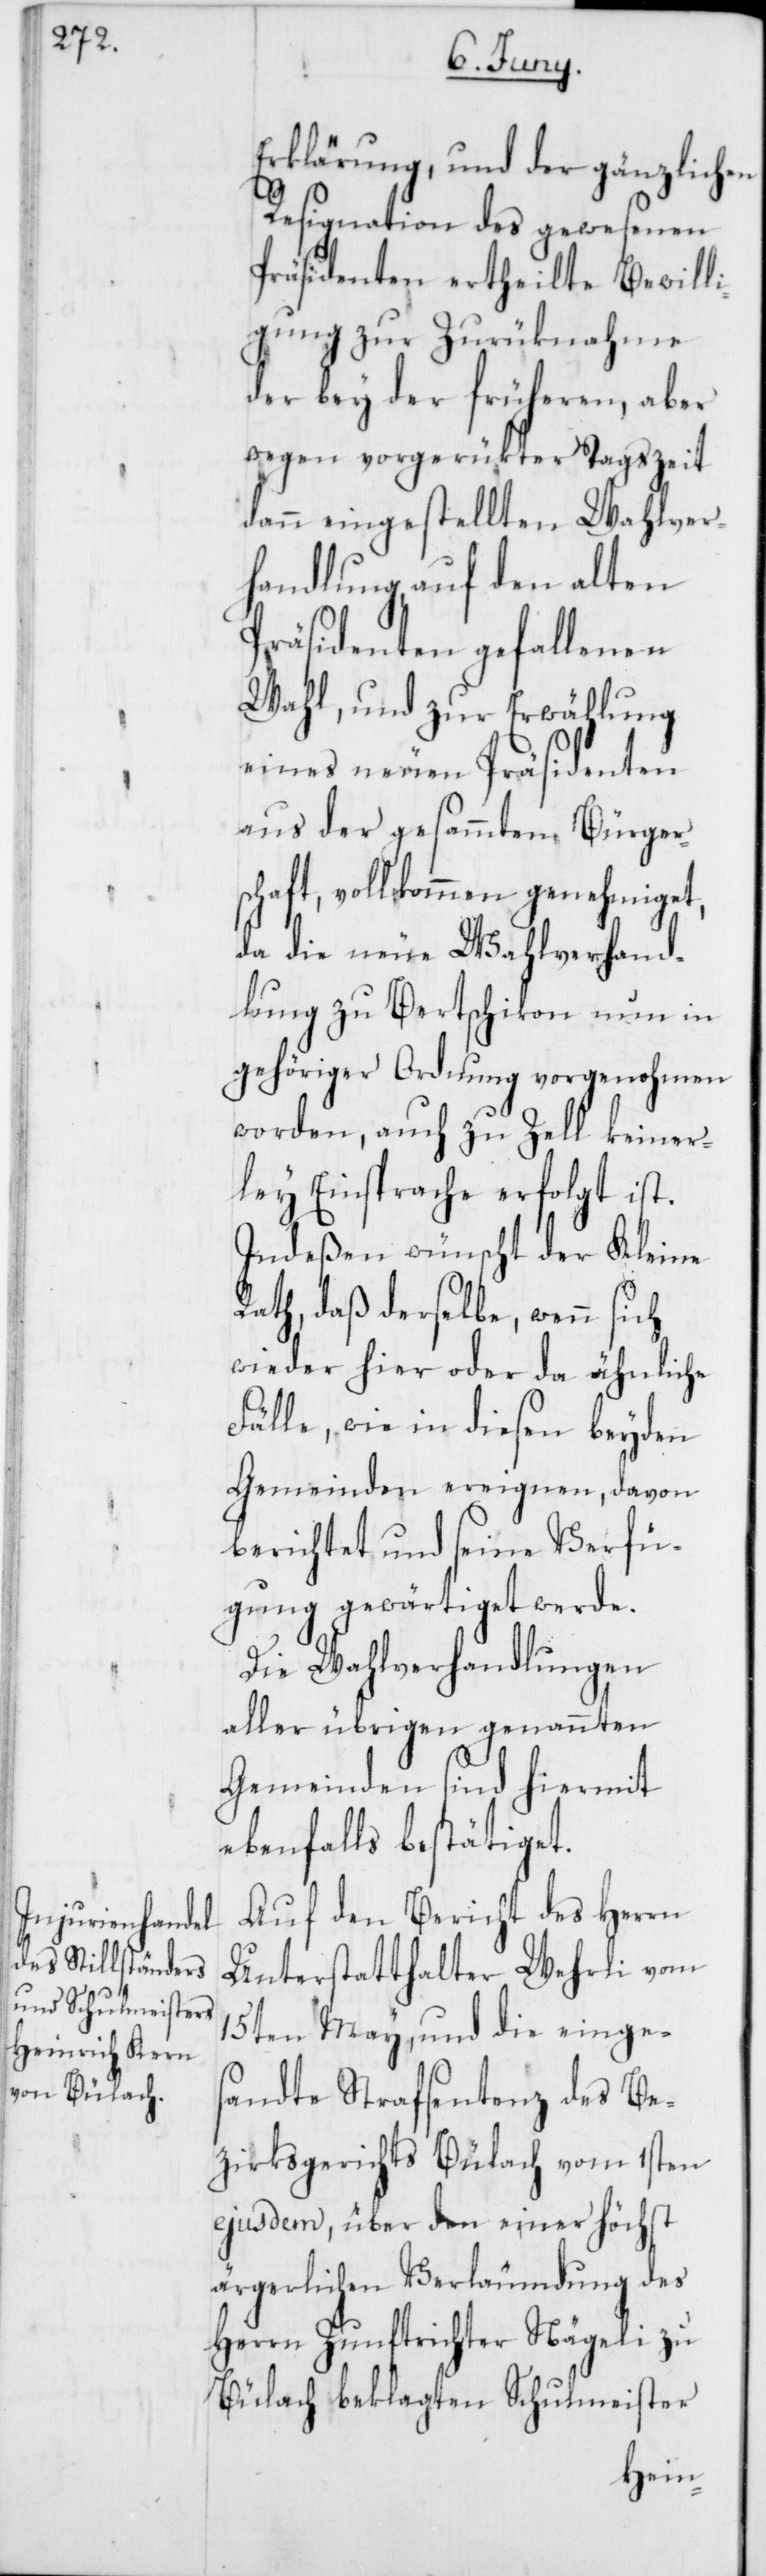
Erklärung, und der gänzlichen
Resignation des gewesenen
Präsidenten ertheilte Bewilli¬
gung zur Zurüknahme
der bey der früheren, aber
wegen vorgerükter Tagszeit
dann eingestellten Wahlver¬
handlung, auf den alten
Präsidenten gefallenen
Wahl, und zur Erwählung
eines neuen Präsidenten
aus der gesammten Bürgers¬
chaft, vollkommen genehmiget,
da die neue Wahlverhand¬
lung zu Bertschikon nun in
gehöriger Ordnung vorgenohmen
worden, auch zu Zell keiner¬
ley Einsprache erfolgt ist.
Indeßen wünscht der Kleine
Rath, daß derselbe, wenn sich
wieder hier oder da ähnliche
Fälle, wie in diesen beyden
Gemeinden ereignen, davon
berichtet und seine Verfü¬
gung gewärtiget werde.
Die Wahlverhandlungen
aller übrigen genannten
Gemeinden sind hiermit
ebenfalls bestätiget.
Auf den Bericht des Herrn
Unterstatthalter Wehrli vom
15ten May, und die einge¬
sandte Strafsentenz des Be¬
zirksgerichts Bülach vom 1sten
ejusdem, über den einer höchst
ärgerlichen Verläumdung des
Herrn Zunftrichter Nägeli zu
Bülach beklagten Schulmeister